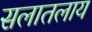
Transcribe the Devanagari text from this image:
सलातलाय